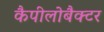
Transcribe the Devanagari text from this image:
कैपीलोबैक्टर